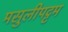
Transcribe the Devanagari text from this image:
मसुलीपट्टम